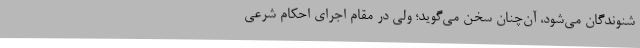
شنوندگان می‌شود، آن‌چنان سخن می‌گوید؛ ولی در مقام اجرای احکام شرعی